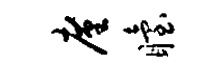
廑眙